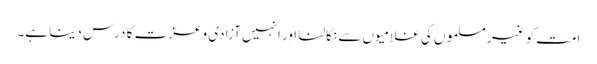
امت کو غیرمسلموں کی غلامیوں سے نکالنا اور انہیں آزادی و عزت کا درس دینا ہے۔